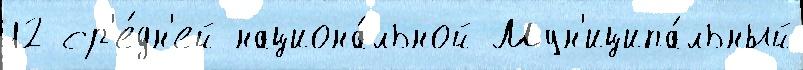
12 ср'е́дн'ей национа́льной Мун'иципа́льный